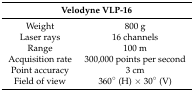
| <COLSPAN=2> Velodyne VLP-16 |
 | --- | --- |
 | Weight | 800 g |
 | Laser rays | 16 channels |
 | Range | 100 m |
 | Acquisition rate | 300,000 points per second |
 | Point accuracy | 3 cm |
 | Field of view | 360° (H) × 30° (V) |